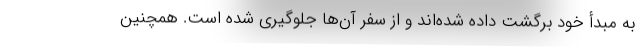
به مبدأ خود برگشت داده شده‌اند و از سفر آن‌ها جلوگیری شده است. همچنین